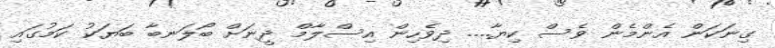
ގިނަކަން އެންމެން ވެސް ކިޔާ.... ދިވެހިން އިސްލާމް ދީނަށް ބޯލަނބާ ބަޔަކު ކަމުގައި